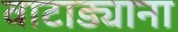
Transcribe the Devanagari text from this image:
वाटाड्याना